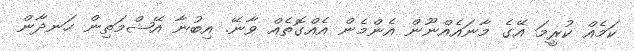
ކަމެއް ކުރީމަ އޭގެ މާނައެއްނޫން އެންމެން އެއްގޮތެއް ވާނޭ. އިބުނާ އޭޝްމަތިން ހަނދާން